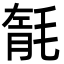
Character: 毻